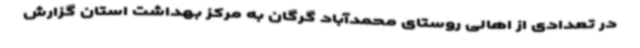
در تعدادی از اهالی روستای محمدآباد گرگان به مرکز بهداشت استان گزارش